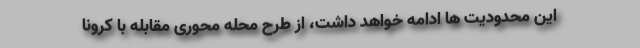
این محدودیت ها ادامه خواهد داشت، از طرح محله محوری مقابله با کرونا